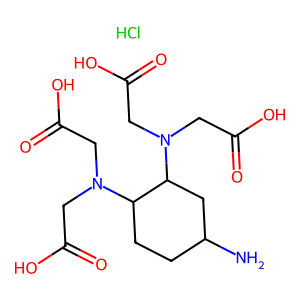
SMILES: Cl.NC1CCC(N(CC(=O)O)CC(=O)O)C(N(CC(=O)O)CC(=O)O)C1
Inhibits HIV replication: No